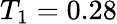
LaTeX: T_{1}=0.28